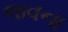
જવના